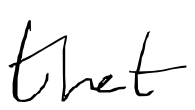
Text: that
Cross-out: clean
Writing tool: digital_black